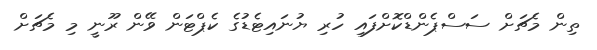
ތިން މެޗަށް ސަސްޕެންޑްކޮށްފައި ހުރި ޔުނައިޓެޑުގެ ކެޕްޓަން ވޭން ރޫނީ މި މެޗަށް